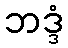
ဘဒ္ဒံ